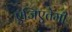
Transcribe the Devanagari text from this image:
एजिएतेमी